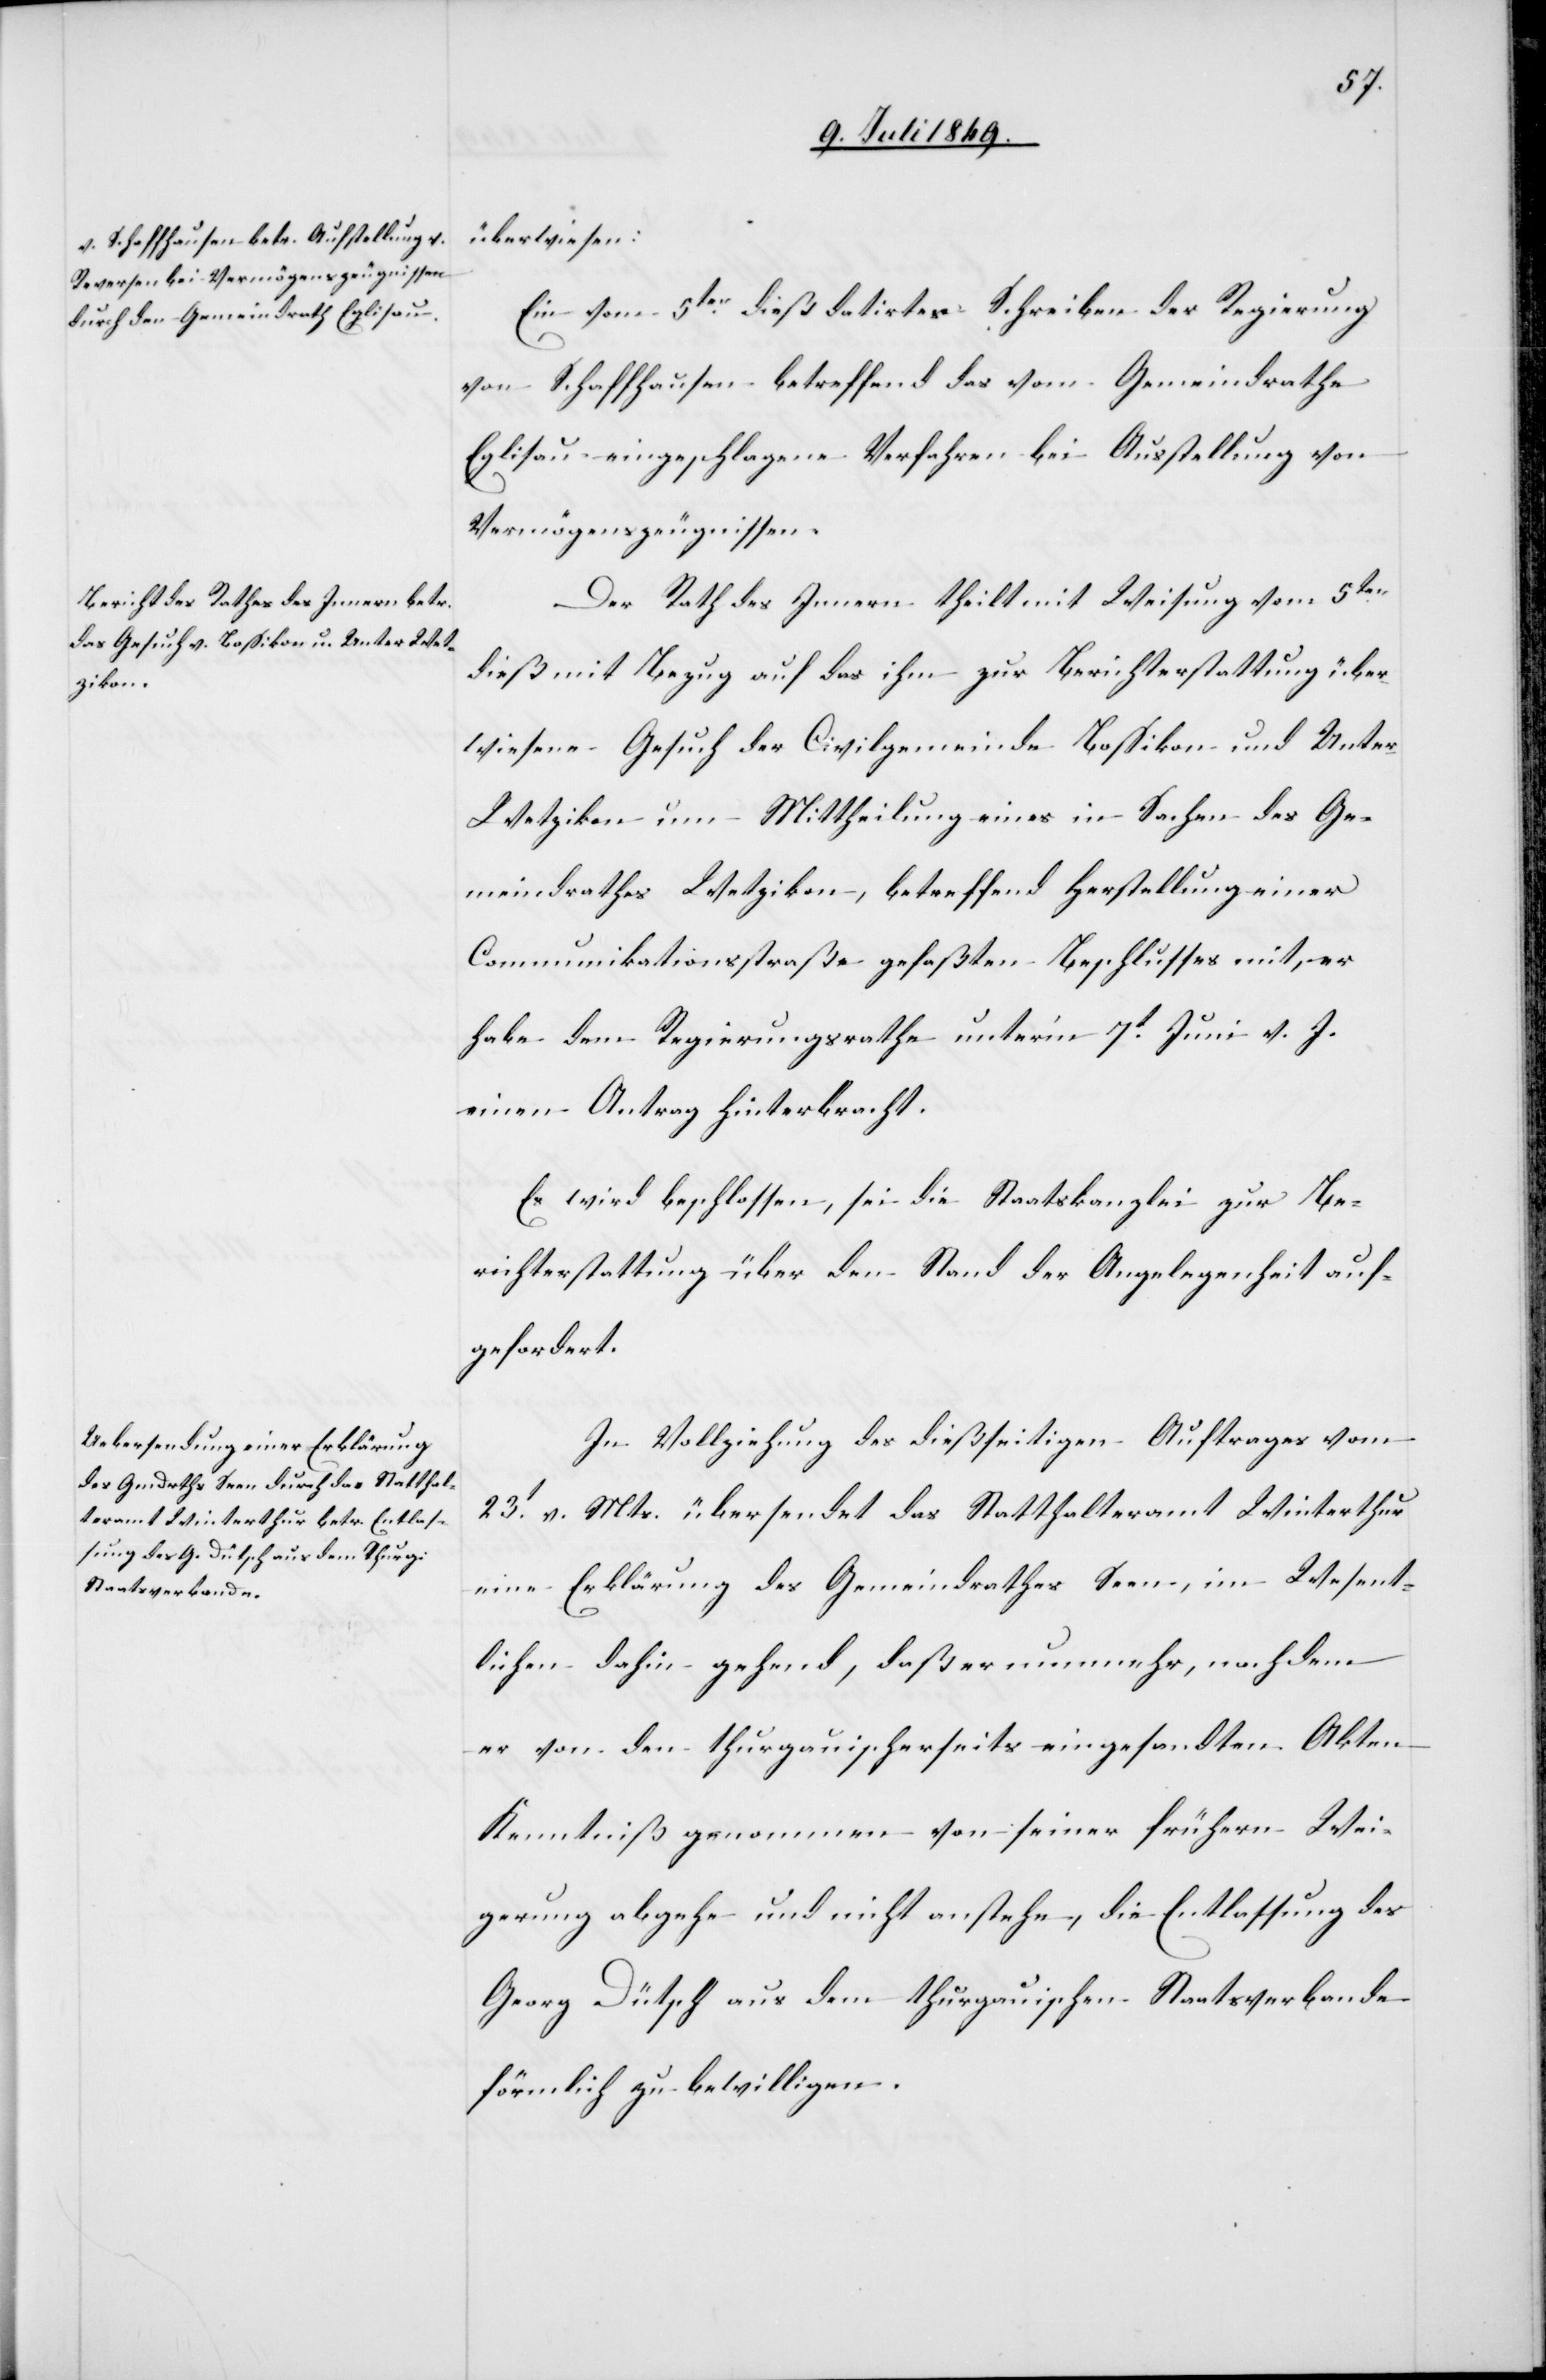
überwiesen:
Ein vom 5ten dieß datirtes Schreiben der Regierung
von Schaffhausen betreffend das vom Gemeindrathe
Eglisau eingeschlagene Verfahren bei Ausstellung von
Vermögenszeugnissen.
Der Rath des Innern theilt mit Weisung vom 5ten
dieß mit Bezug auf das ihm zur Berichterstattung über¬
wiesene Gesuch der Civilgemeinde Bossikon und Unte¬
r-Wetzikon um Mittheilung eines in Sachen des Ge¬
meindrathes Wetzikon, betreffend Herstellung einer
Communikationsstraße gefaßten Beschlusses mit, er
habe dem Regierungsrathe unter’m 7t v. J.
einen Antrag hinterbracht.
Es wird beschlossen, sei die Staatskanzlei zur Be¬
richtserstattung über den Stand der Angelegenheit auf¬
gefordert.
In Vollziehung des dießseitigen Auftrages vom
23t v. Mts. übersendet das Statthalteramt Winterthur
eine Erklärung des Gemeindrathes Seen, im Wesent¬
lichen dahin gehend, daß er nunmehr, nachdem
er von den thurgauischerseits eingesandten Akten
Kenntniß genommen von seiner frühern Wei¬
gerung abgehe und nicht anstehe, die Entlassung des
Georg Dütsch aus dem thurgauischen Staatsverbande
förmlich zu bewilligen.